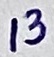
Text: 13